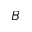
B